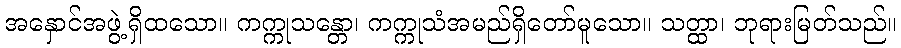
အနှောင်အဖွဲ့ရှိထသော။ ကက္ကုသန္တော၊ ကက္ကုသံအမည်ရှိတော်မူသော။ သတ္ထာ၊ ဘုရားမြတ်သည်။